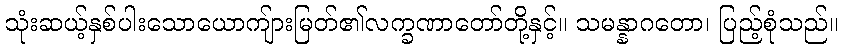
သုံးဆယ့်နှစ်ပါးသောယောကျ်ားမြတ်၏လက္ခဏာတော်တို့နှင့်။ သမန္နာဂတော၊ ပြည့်စုံသည်။